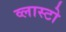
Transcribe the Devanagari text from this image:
व्लास्टो